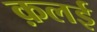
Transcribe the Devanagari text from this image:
क़लई